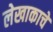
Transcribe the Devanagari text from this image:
लेखाकाचे